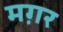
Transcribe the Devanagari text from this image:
मग़र